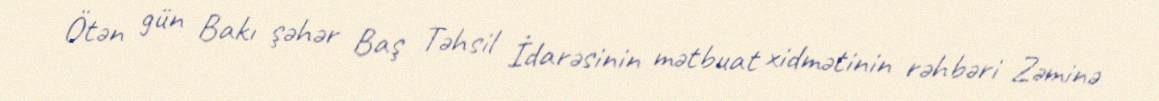
Ötən gün Bakı şəhər Baş Təhsil İdarəsinin mətbuat xidmətinin rəhbəri Zəminə